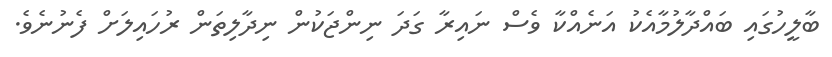
ބާލީހުގައި ބައްދާލުމާއެކު އަނެއްކާ ވެސް ނައިރާ ގަދަ ނިންޖަކުން ނިދާލިތަން ރުހައިލަށް ފެނުނެވެ.